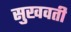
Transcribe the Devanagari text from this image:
सुखवती